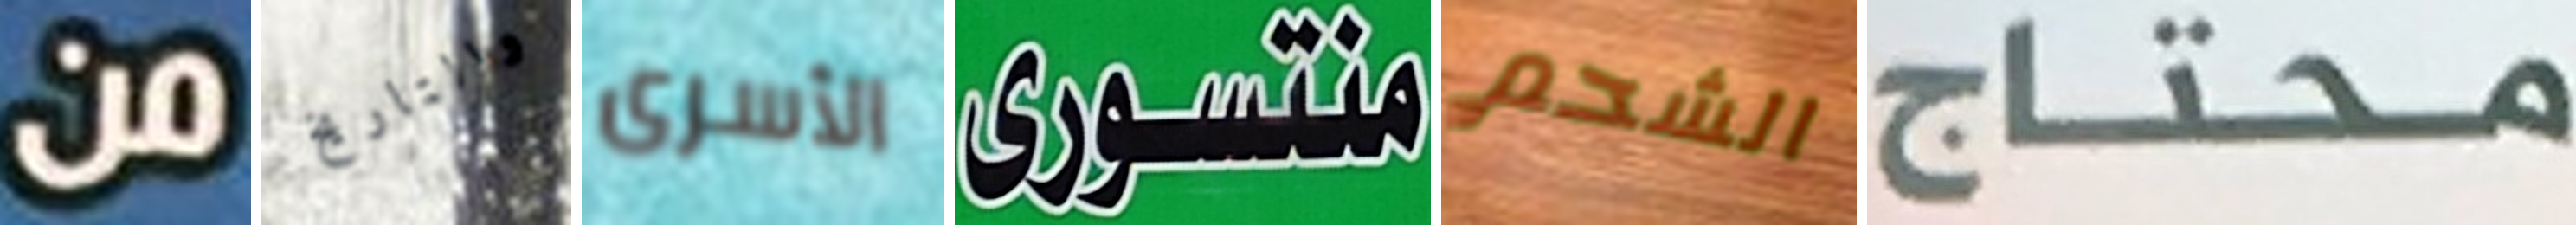
من والتاريخ الأسرى منتسورى الشحم محتاج